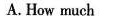
A. How much